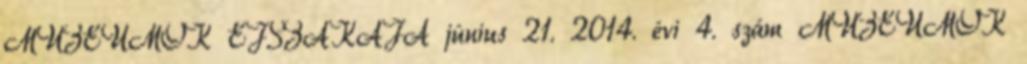
MÚZEUMOK ÉJSZAKÁJA június 21. 2014. évi 4. szám MÚZEUMOK